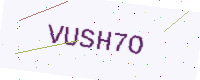
Text: VUSH7O